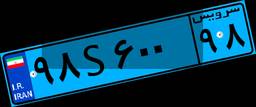
۹۸S۶۰۰۹۸